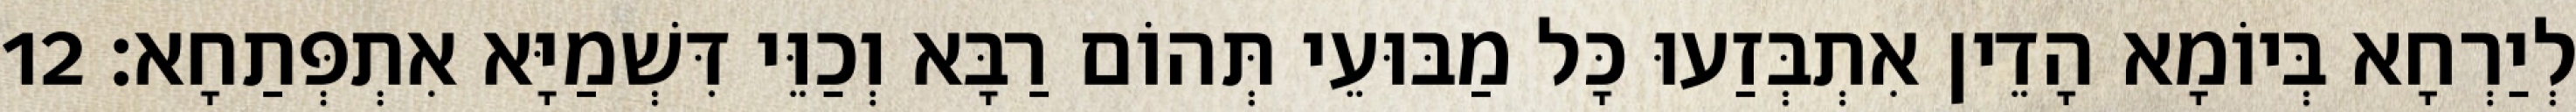
לְיַרְחָא בְּיוֹמָא הָדֵין אִתְבְּזַעוּ כָּל מַבּוּעֵי תְּהוֹם רַבָּא וְכַוֵּי דִּשְׁמַיָּא אִתְפְּתַחָא׃ 12